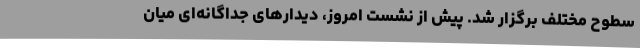
سطوح مختلف برگزار شد. پیش از نشست امروز، دیدارهای جداگانه‌ای میان